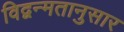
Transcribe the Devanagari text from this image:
विद्वन्मतानुसार